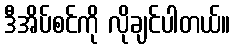
ဒီအိပ်စင်ကို လိုချင်ပါတယ်။